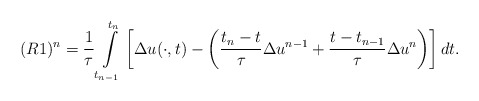
\begin{align*} (R1)^{n}=\frac{1}{\tau}\int\limits^{t_{n}}_{t_{n-1}}\left[\Delta u(\cdot,t)-\left(\frac{t_{n}-t}{\tau}\Delta u^{n-1}+\frac{t-t_{n-1}}{\tau}\Delta u^{n}\right)\right]dt. \end{align*}